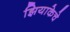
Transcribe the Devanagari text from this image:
झियाकेचे